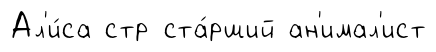
Ал'и́са стр ста́рший ан'имал'ист